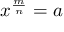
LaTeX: x ^ { \frac { m } { n } } = a